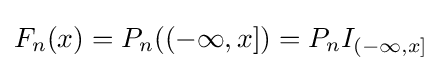
F_{n}(x)=P_{n}((-\infty ,x])=P_{n}I_{(-\infty ,x]}